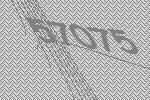
57075